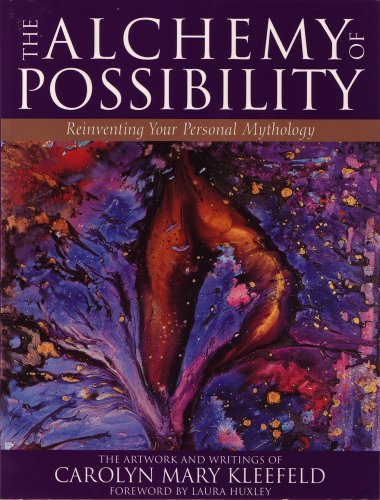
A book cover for The Alchemy of Possibility: Reinventing Your Personal Mythology; Carolyn Mary Kleefeld; Religion & Spirituality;